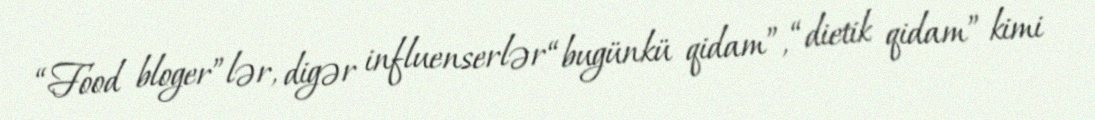
“Food bloger”lər, digər influenserlər “bugünkü qidam”, “dietik qidam” kimi